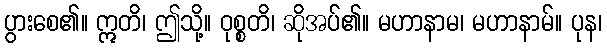
ပွားစေ၏။ ဣတိ၊ ဤသို့။ ဝုစ္စတိ၊ ဆိုအပ်၏။ မဟာနာမ၊ မဟာနာမ်။ ပုန၊